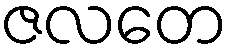
ဇလတေ